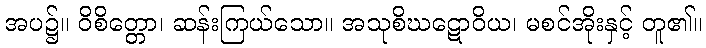
အပ၌။ ဝိစိတ္တော၊ ဆန်းကြယ်သော။ အသုစိဃဋောဝိယ၊ မစင်အိုးနှင့် တူ၏။